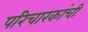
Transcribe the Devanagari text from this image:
परिचारकांची